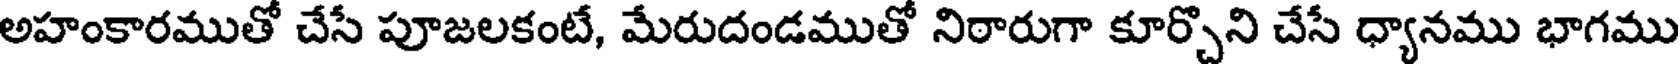
అహంకారముతో చేసే పూజలకంటే, మేరుదండముతో నిఠారుగా కూర్చొని చేసే ధ్యానము భాగము